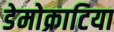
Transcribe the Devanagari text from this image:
डेमोक्राटिया